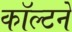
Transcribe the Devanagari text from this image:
कॉल्टने